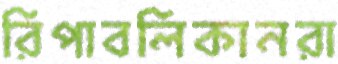
রিপাবলিকানরা